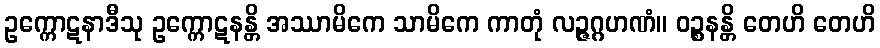
ဥက္ကောဋနာဒီသု ဥက္ကောဋနန္တိ အဿာမိကေ သာမိကေ ကာတုံ လဉ္ဇဂ္ဂဟဏံ။ ဝဉ္စနန္တိ တေဟိ တေဟိ